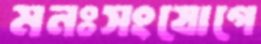
মনঃসংযোগে